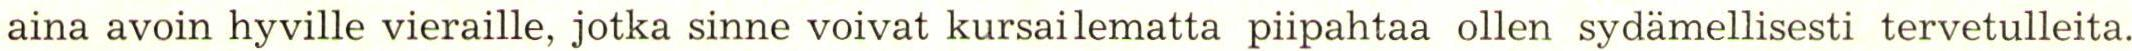
aina avoin hyville vieraille, jotka sinne voivat kursailematta piipahtaa ollen sydämellisesti tervetulleita.